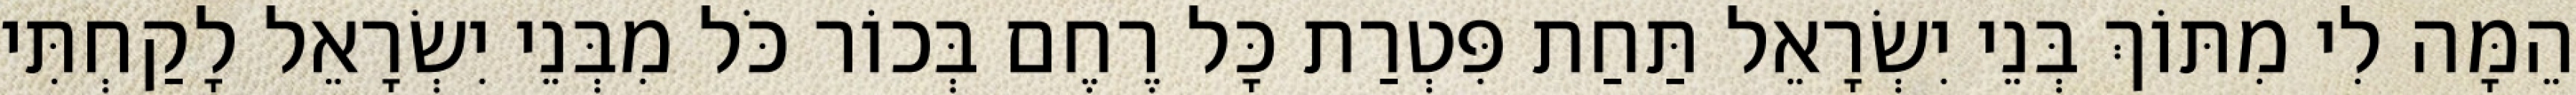
הֵמָּה לִי מִתּוֹךְ בְּנֵי יִשְׂרָאֵל תַּחַת פִּטְרַת כָּל רֶחֶם בְּכוֹר כֹּל מִבְּנֵי יִשְׂרָאֵל לָקַחְתִּי